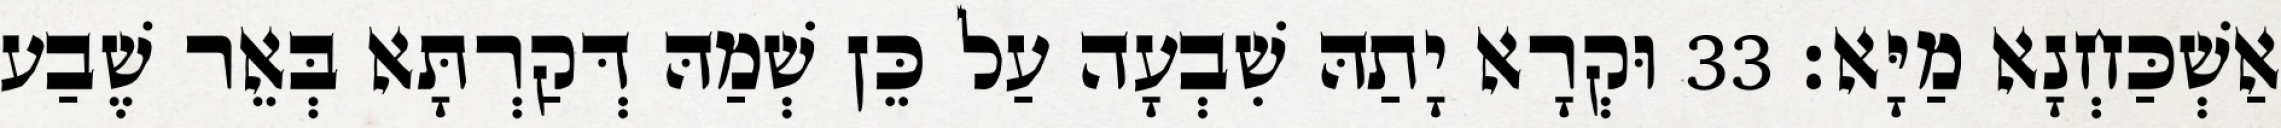
אַשְׁכַּחְנָא מַיָּא׃ 33 וּקְרָא יָתַהּ שִׁבְעָה עַל כֵּן שְׁמַהּ דְּקַרְתָּא בְּאֵר שֶׁבַע